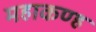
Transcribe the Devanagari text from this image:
महाकण्ह